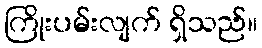
ကြိုးပမ်းလျက် ရှိသည်။